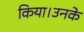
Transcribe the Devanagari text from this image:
किया।उनके